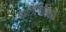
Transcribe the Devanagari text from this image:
पारिस्थिथिकी